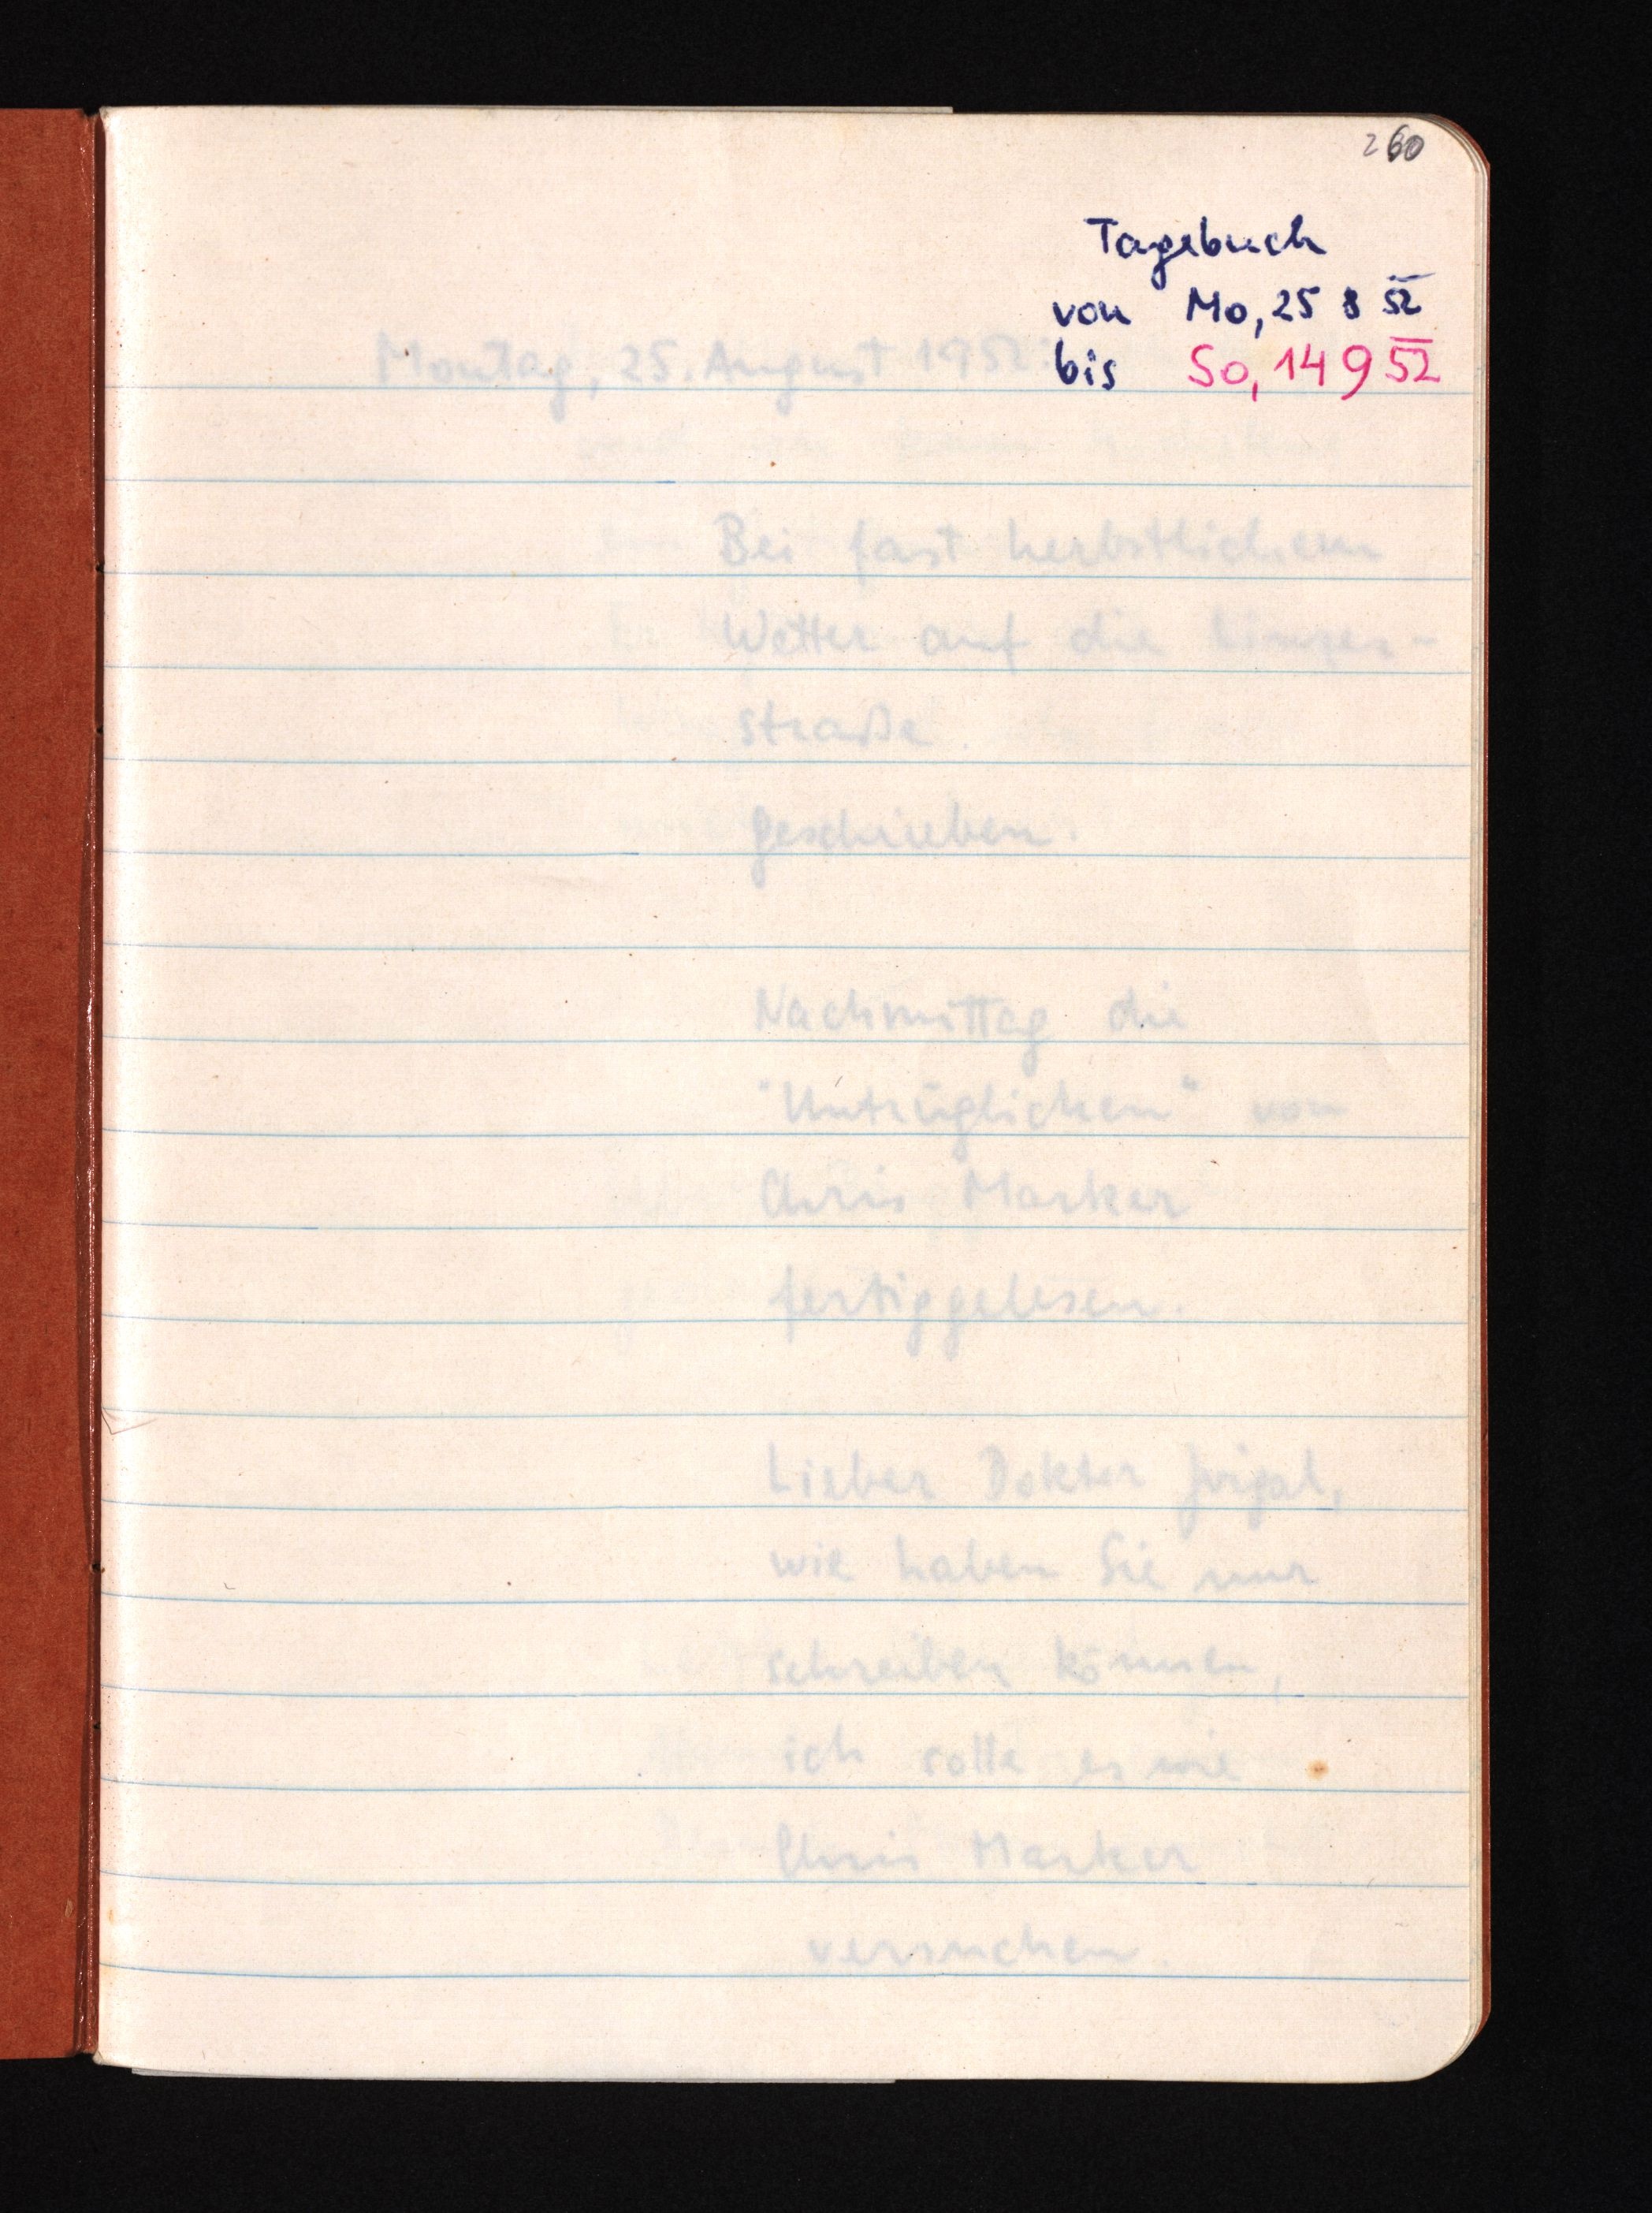
260
Tagebuch
von Mo, 25 8 52
bis So, 14 9 52